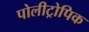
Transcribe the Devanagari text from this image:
पोलीट्रोपिक